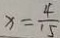
x = \frac { 4 } { 1 5 }